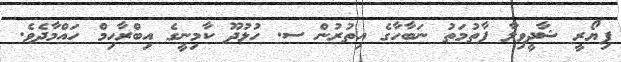
ފިޔޯރީ ޝާދީވިލާ ފާތުމަތު ނަބާހާގެ އިތުރުން ސ. ހުޅުދޫ ކާމިނީގެ އިބްރާހިމް ހައްމާދެވެ.